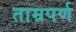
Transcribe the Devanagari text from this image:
ताम्रपर्ण